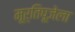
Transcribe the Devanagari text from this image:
मूर्तिपूजेला